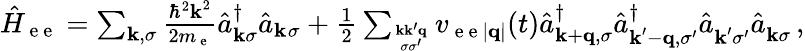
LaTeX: \begin{array}{r}{\hat{H}_{\mathrm{~e~e~}}=\sum_{\textbf{k},\sigma}\frac{\hbar_{}^{2}\textbf{k}^{2}}{2m_{\mathrm{~e~}}}\hat{a}_{\textbf{k}\sigma}^{\dagger}\hat{a}_{\textbf{k}^{}\sigma}+\frac{1}{2}\sum_{\textbf{k}\textbf{k}^{\prime}\textbf{q}\atop\sigma\sigma^{\prime}}v_{\mathrm{~e~e~}|\textbf{q}|}(t)\hat{a}_{\textbf{k}+\textbf{q},\sigma}^{\dagger}\hat{a}_{\textbf{k}^{\prime}-\textbf{q},\sigma^{\prime}}^{\dagger}\hat{a}_{\textbf{k}^{\prime}\sigma^{\prime}}^{}\hat{a}_{\textbf{k}\sigma}^{}\, ,}\end{array}